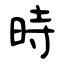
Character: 時